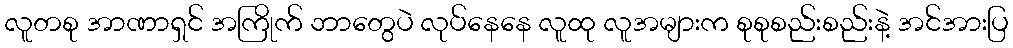
လူတစု အာဏာရှင် အကြိုက် ဘာတွေပဲ လုပ်နေနေ လူထု လူအများက စုစုစည်းစည်းနဲ့ အင်အားပြ